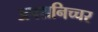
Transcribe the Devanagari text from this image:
अपशनिच्चर